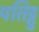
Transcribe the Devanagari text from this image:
पतिट्टु